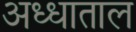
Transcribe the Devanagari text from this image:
अध्धाताल